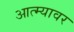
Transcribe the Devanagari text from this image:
आत्म्यावर